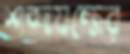
শব্দযন্ত্রের